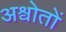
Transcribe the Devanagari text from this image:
अश्वोतों